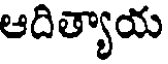
ఆదిత్యాయ